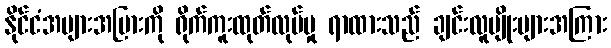
နိုင်ငံအများအပြားကို ရိုက်ကူးထုတ်လုပ်မှု ရာထားသည် ချင်းလူမျိုးများအကြား